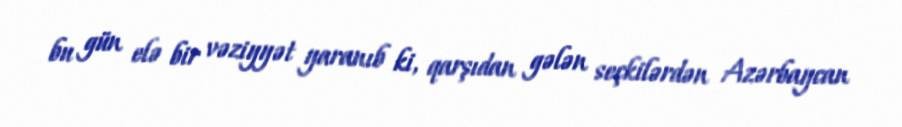
bu gün elə bir vəziyyət yaranıb ki, qarşıdan gələn seçkilərdən Azərbaycan